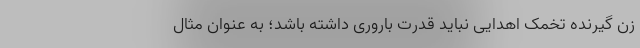
زن گیرنده تخمک اهدایی نباید قدرت باروری داشته باشد؛ به عنوان مثال